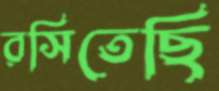
রসিতেছি